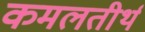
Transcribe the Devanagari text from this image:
कमलतीर्थ